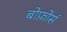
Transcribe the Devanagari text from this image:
बोफ़ोर्स